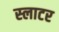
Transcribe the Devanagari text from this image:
स्‍लाटर